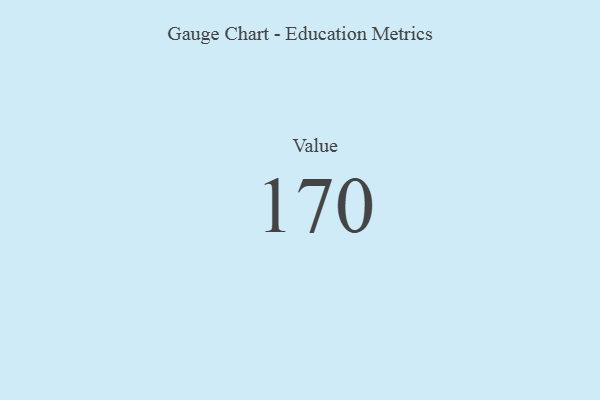
{"axis": {"x": "Metric", "y": "Value"}, "legend": [""], "data": [{"x": "Value", "y": 170, "type": ""}]}